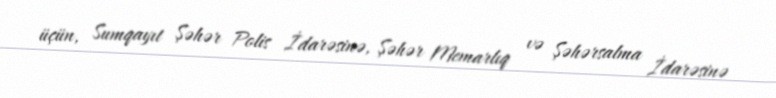
üçün, Sumqayıt Şəhər Polis İdarəsinə, Şəhər Memarlıq və Şəhərsalma İdarəsinə